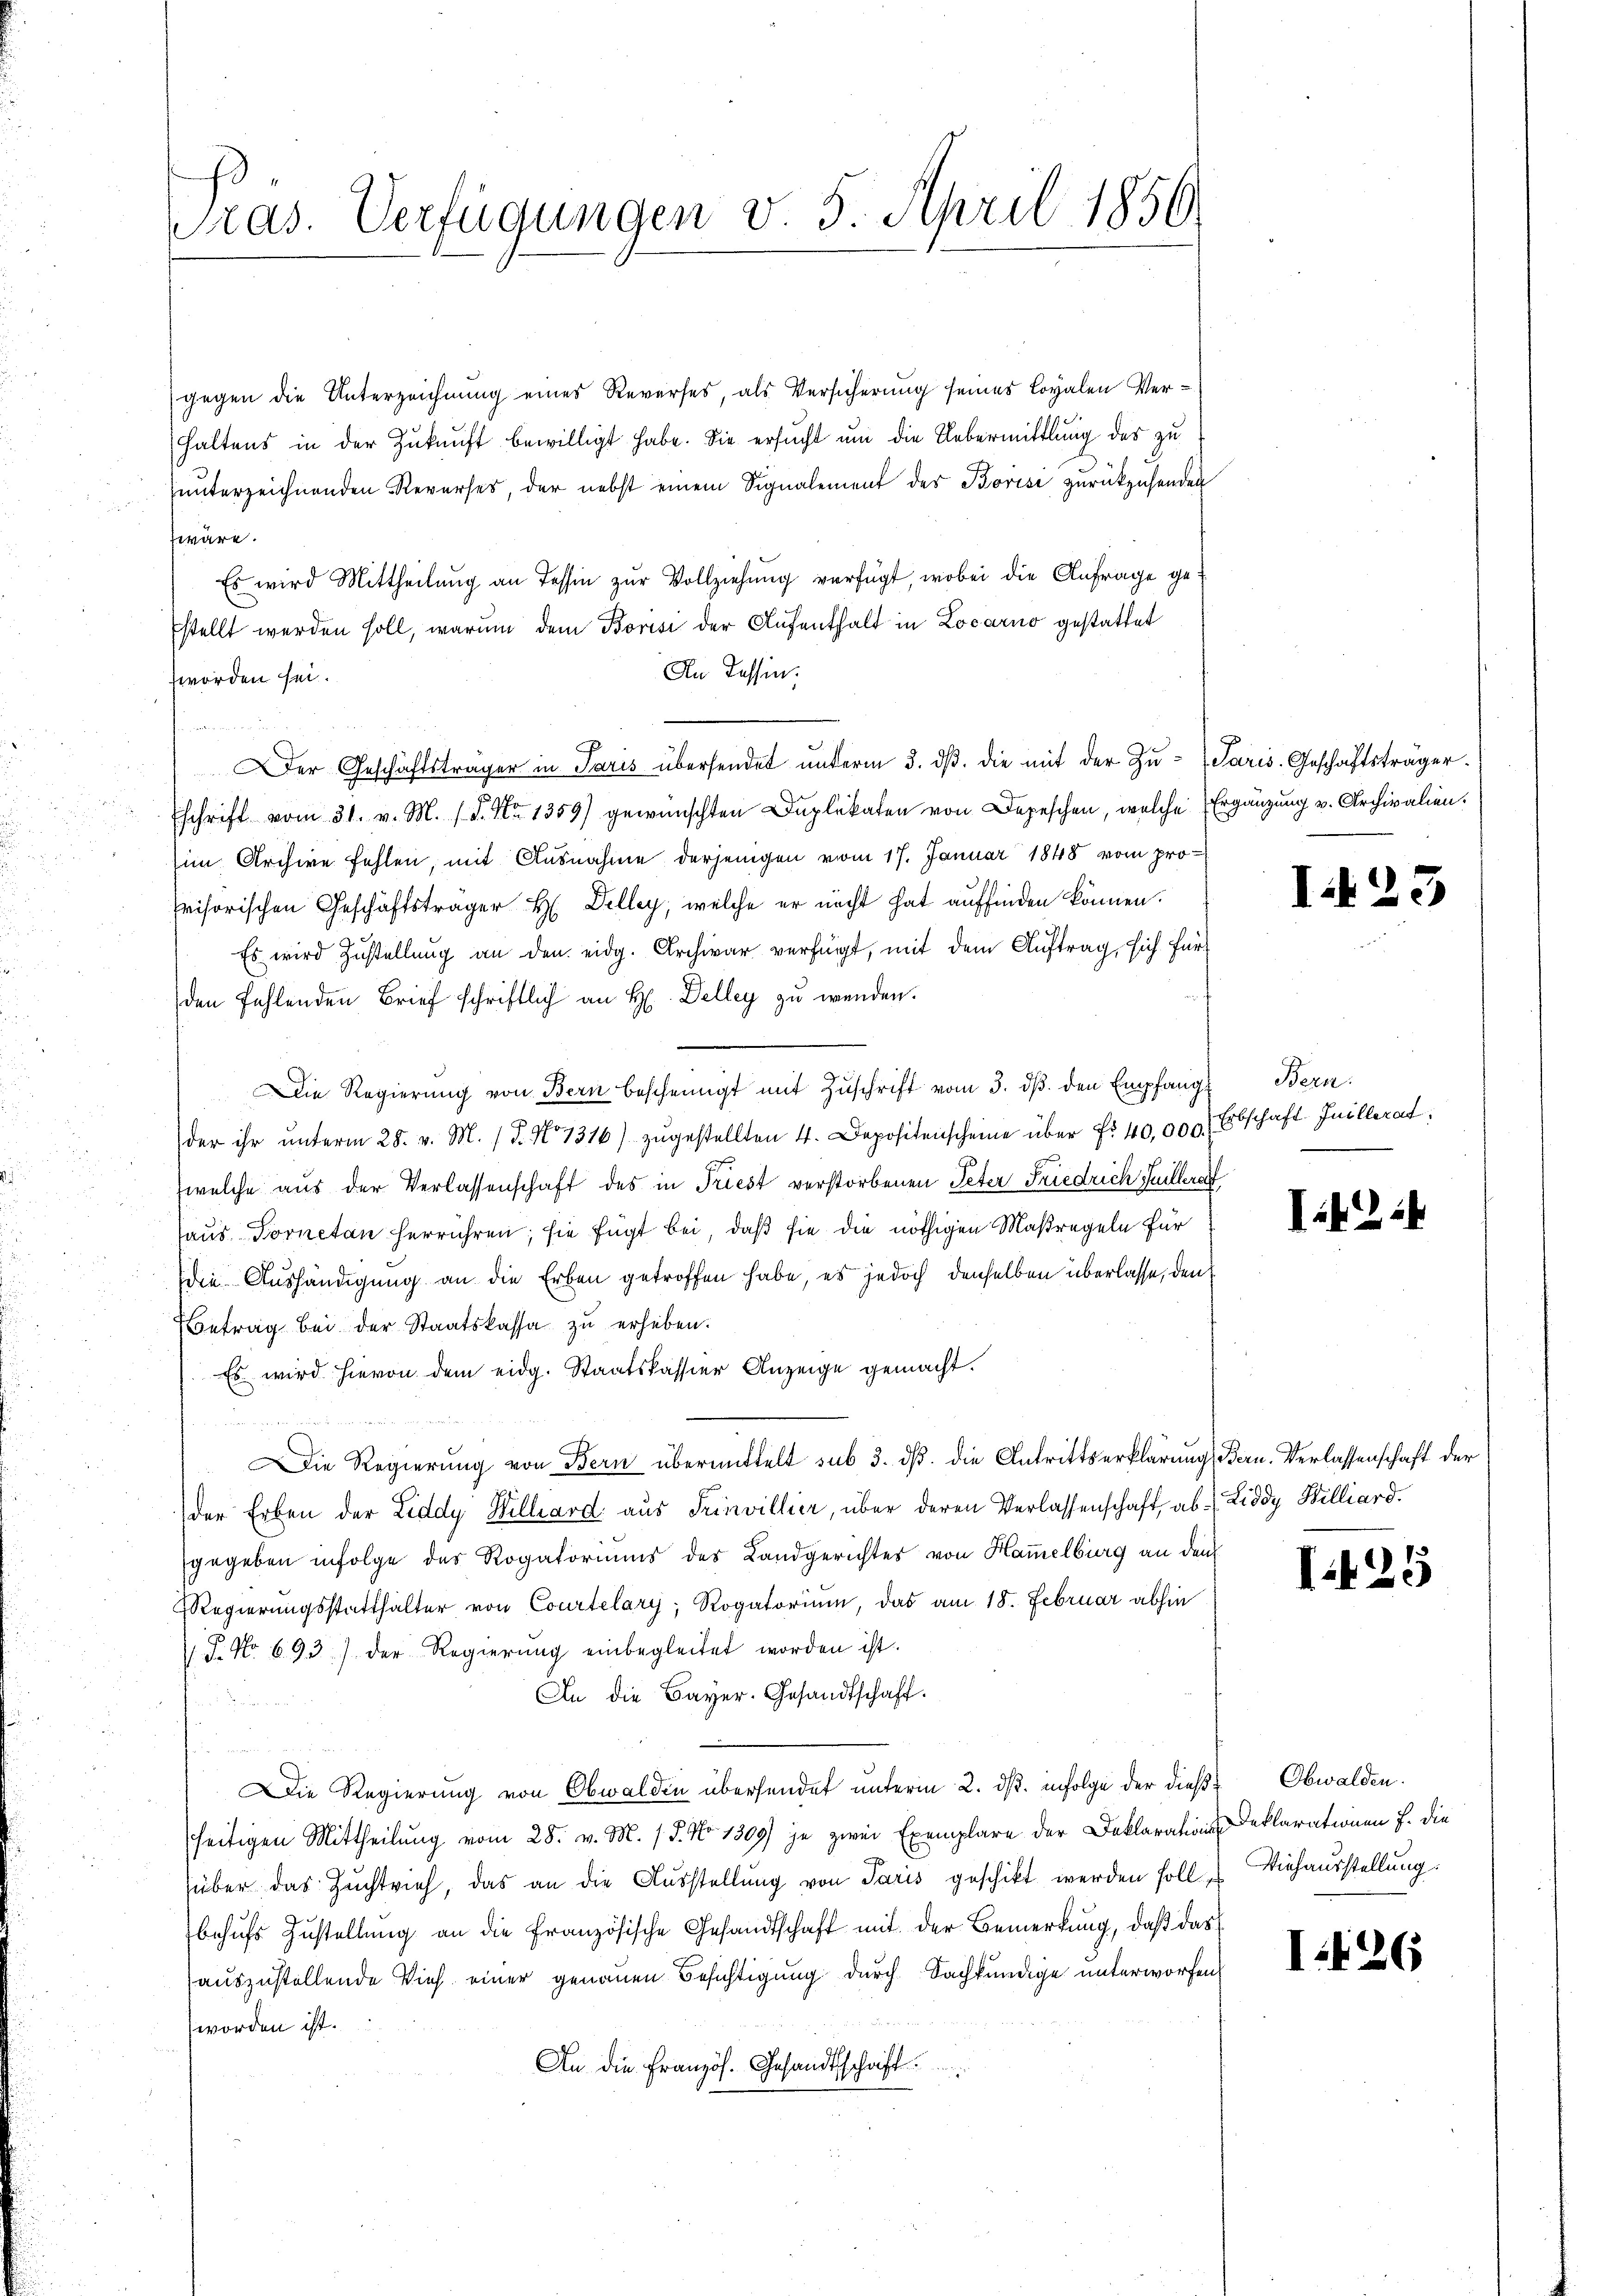
ras. Verfügungen v. 5. April 1856.

gegen die Unterzeichnung eines Reverses, als Versicherung seines Loyalen Verhaltens in der Zukunft bewilligt habe. Sie ersucht um die Uebermittlung des zu
unterzeichnenden Reverses, der nebst einem Signalement des Borise zurückzusenden
wäre.
Es wird Mittheilŭng an Tessin zŭr Vollziehŭng verfügt, wobei die Anfrage gestellt werden soll, warum dem Borisi der Aufenthalt in Locarno gestattet
An Tessin:
worden sei.
Der Geschäftsträger in Paris übersendet unterm 3. dβ. die mit der Zu- Paris. Geschäftsträger
schrift vom 31. v. M. D. M. 1359) gewünschten Duplikaten von Depeschen, welche Ergänzung v. Archivalien.
im Archive fehlen, mit Ausnahme derjenigen vom 17. Januar 1848 vom prohrisorischen Geschäftsträger H. Delley, welche er nicht hat auffinden können.
Es wird Zustellung an den eidg. Archivar verfügt, mit dem Auftrag, sich für
den fehlenden Brief schriftlich an H. Delley zu wenden.
Die Regierŭng von Bern bescheinigt mit Zŭschrift vom 3. dβ. den Empfang Bern
der ihr ŭnterm 28. v. M. / 5. No 1316) zŭgestellten 4. Depositenscheine über Fr. 40,000. Erbschaft Inillerat
welche aus der Verlassenschaft des in Triest verstorbenen Peter Friedrich Guillera
Haus Dornetan herrühren; sie fügt bei, daß sie die nöthigen Maßregeln für
die Aushändigung an die Erben getroffen habe, es jedoch denselben überlasse, den
Betrag bei der Staatskassa zŭ erheben.
Es wird hievon dem eidg. Staatskassier Anzeige gemacht.
dn die eine eine einer die
Die Regierung von Bern übermittelt sub 3. ds. die Antrittserklärung Bern. Verlassenschaft der
der Erben der Liddy Wilhard aus Trinvillier, über deren Verlassenschaft, ab. (Liddy Billiard.
gegeben infolge des Rogatoriums des Landgerichtes von Hammelburg an dem
Regierungsstatthalter von Courtelary, Rogatorium, das am 18. Februar abhin
J. No 693 der Regierŭng einbegleitet worden ist.
An die Bayer. Gesandtschaft.
Die Regierung von Obwalden übersendet unterm 2. ds. infolge der dieß Obwalden.
seitigen Mittheilung vom 28. v. M. / 5. No 1309) je zwei Exemplare der Deklarations-Deklarationen J. die
über das Zuchtvieh, das an die Aŭsstellŭng von Paris geschikt werden soll, Viehausstellung:
behufs Zustellung an die Französische Gesandtschaft mit der Bemerkung, daß das
auszustellende Vieh einer genauen Besichtigung durch Sachkundige unterworfen,
worden ist.
An die Französ. Gesandtschaft

I.23

Iiki

I425

I426